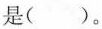
是()。